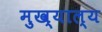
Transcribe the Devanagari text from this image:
मुख्याल्य